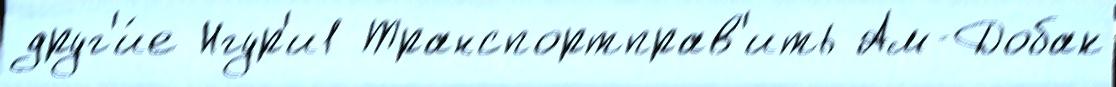
друг'и́е Нгур'и1 Транспортправ'ить Ам-Добак